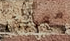
معركتنا